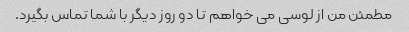
مطمئن من از لوسی می خواهم تا دو روز دیگر با شما تماس بگیرد.